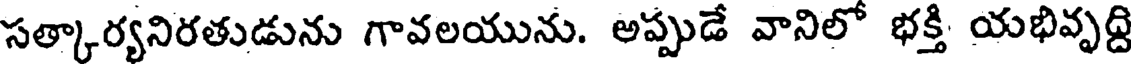
సత్కార్యనిరతుడును గావలయును. అప్పుడే వానిలో భక్తి యభివృద్ది